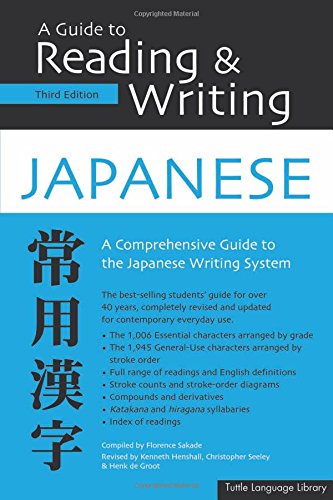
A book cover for Guide to Reading & Writing Japanese: Third Edition; Kenneth Hanshall; Reference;